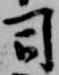
司